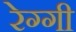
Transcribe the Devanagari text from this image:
रेग्गी